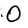
Character: O